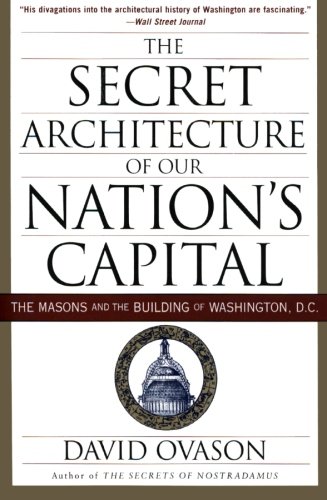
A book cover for The Secret Architecture of Our Nation's Capital: The Masons and the Building of Washington, D.C.; David Ovason; Religion & Spirituality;